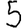
Digit: 5